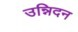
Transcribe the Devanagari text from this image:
उन्निदन